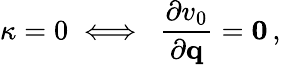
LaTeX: \kappa=0\iff\ \frac{\partial v_{0}}{\partial{\mathbf q}}={\mathbf 0}\, ,